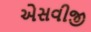
એસવીજી